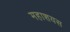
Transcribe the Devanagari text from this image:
महाशयस